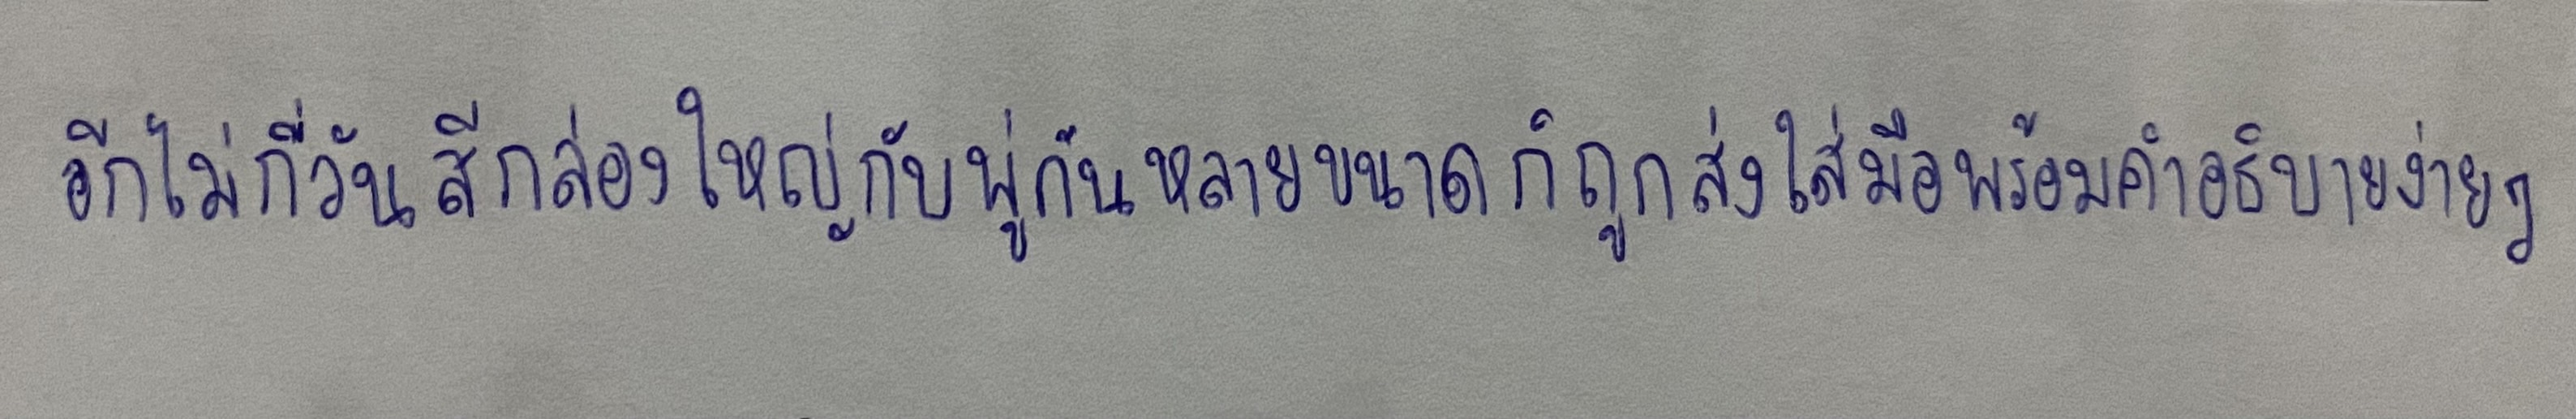
อีกไม่กี่วันสีกล่องใหญ่กับพู่กันหลายขนาดก็ถูกส่งใส่มือพร้อมคำอธิบายง่ายๆ